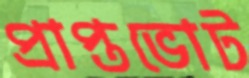
প্রাপ্তভোট